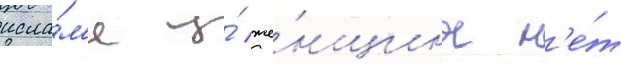
исла́м'е у́ же́нщины н'е́т